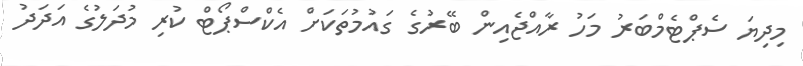
މިދިޔަ ސެޕްޓެމްބަރު މަހު ރާއްޖެއިން ބޭރުގެ ގައުމުތަކަށް އެކްސްޕޯޓް ކުރި މުދަލުގެ އަދަދު